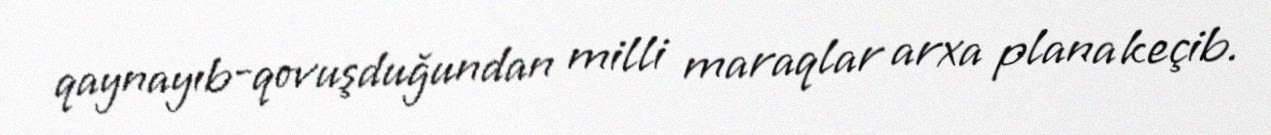
qaynayıb-qovuşduğundan milli maraqlar arxa plana keçib.